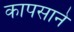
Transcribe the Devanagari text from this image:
कापसाने